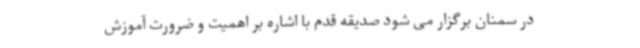
در سمنان برگزار می شود صدیقه قدم با اشاره بر اهمیت و ضرورت آموزش